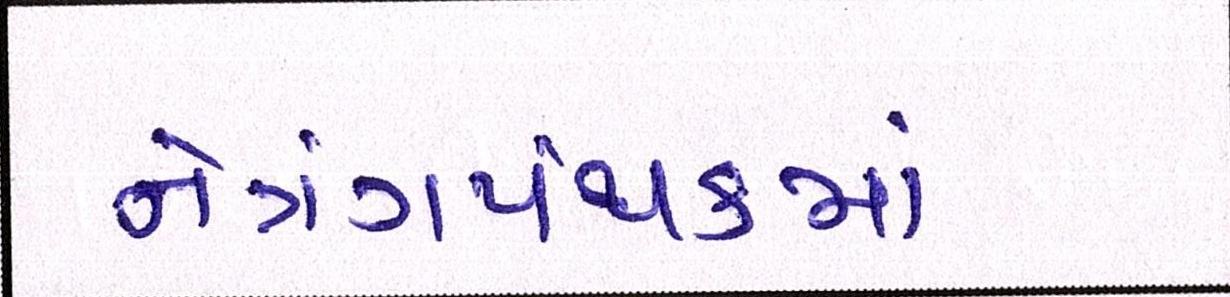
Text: નેત્રંગપંથકમાં